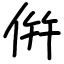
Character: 倂